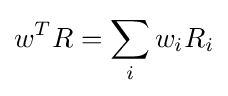
w^{T}R=\sum _{i}w_{i}R_{i}